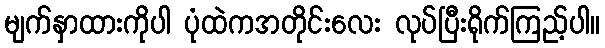
မျက်နှာထားကိုပါ ပုံထဲကအတိုင်းလေး လုပ်ပြီးရိုက်ကြည့်ပါ။